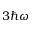
3 \hbar \omega